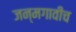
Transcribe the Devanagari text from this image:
जन्मगावीच